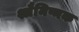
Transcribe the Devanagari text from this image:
श्लैमिष्मक